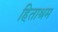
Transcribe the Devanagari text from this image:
हिताश्रम